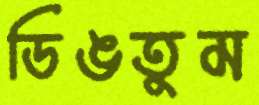
ডিঙতুম